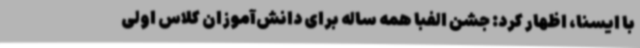
با ایسنا، اظهار کرد: جشن الفبا همه ساله برای دانش‌آموزان کلاس اولی